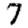
Digit: 7